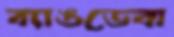
ব্যাঙডেবা